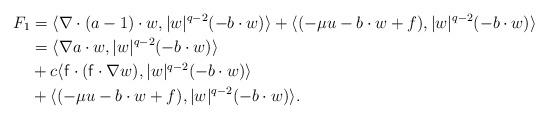
LaTeX: \begin{align*}F_1& =\langle \nabla \cdot (a-1)\cdot w, |w|^{q-2}(-b\cdot w)\rangle + \langle (-\mu u - b\cdot w +f),|w|^{q-2}(-b\cdot w) \rangle \\& = \langle \nabla a \cdot w, |w|^{q-2}(-b\cdot w) \rangle \\& + c \langle \mathsf{f} \cdot (\mathsf{f} \cdot \nabla w), |w|^{q-2}(-b\cdot w) \rangle \\& + \langle (-\mu u - b\cdot w +f),|w|^{q-2}(-b\cdot w) \rangle.\end{align*}